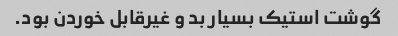
گوشت استیک بسیار بد و غیرقابل خوردن بود.